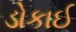
ડોકાઈ